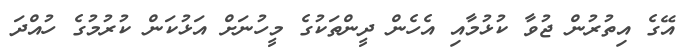
އޭގެ އިތުރުން ޖުވާ ކުޅުމާއި އެހެން ދީންތަކުގެ މީހުނަށް އަޅުކަން ކުރުމުގެ ހުއްދަ